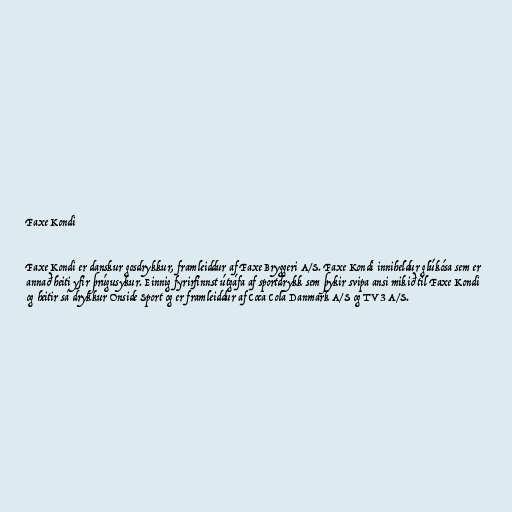
Faxe Kondi

Faxe Kondi er danskur gosdrykkur, framleiddur af Faxe Bryggeri A/S. Faxe Kondi inniheldur glúkósa sem er
annað heiti yfir þrúgusykur. Einnig fyrirfinnst útgáfa af sportdrykk sem þykir svipa ansi mikið til Faxe Kondi
og heitir sá drykkur Onside Sport og er framleiddur af Coca Cola Danmark A/S og TV3 A/S.